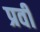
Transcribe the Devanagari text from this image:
प्रवी